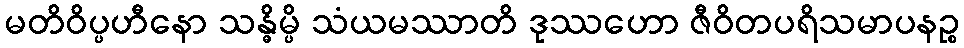
မတိဝိပ္ပဟီနော သန္ဓိမ္ပိ သံယမဿာတိ ဒုဿဟော ဇီဝိတပရိသမာပနဉ္စ